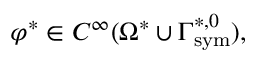
\varphi ^ { * } \in C ^ { \infty } ( \Omega ^ { * } \cup \Gamma _ { \mathrm { { s y m } } } ^ { * , 0 } ) ,